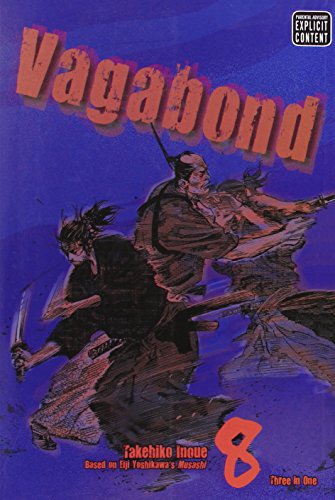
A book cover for Vagabond, Vol. 8 (VIZBIG Edition); Takehiko Inoue; Comics & Graphic Novels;